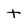
Character: t